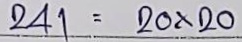
241 = 20 x 20